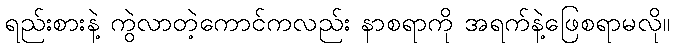
ရည်းစားနဲ့ ကွဲလာတဲ့ကောင်ကလည်း နာစရာကို အရက်နဲ့ဖြေစရာမလို။